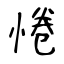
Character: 惓